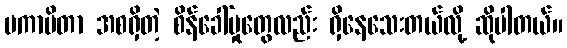
မကာမိတာ အစရှိတဲ့ စိန်ခေါ်မှုတွေလည်း ရှိနေသေးတယ်လို့ ဆိုပါတယ်။